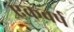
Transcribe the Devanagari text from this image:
एकवर्ष